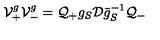
{ \cal V } _ { + } ^ { g } { \cal V } _ { - } ^ { g } = { \cal Q } _ { + } g _ { S } { \cal D } \bar { g } _ { S } ^ { - 1 } { \cal Q } _ { - }